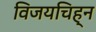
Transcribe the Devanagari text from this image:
विजयचिह्न